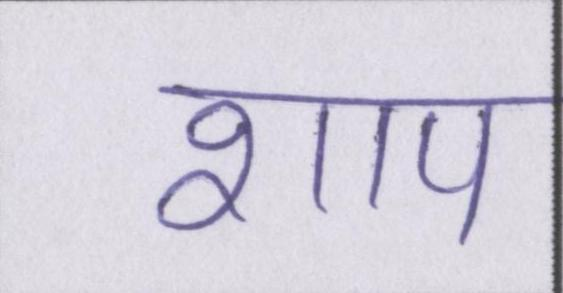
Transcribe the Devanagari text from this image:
शाप